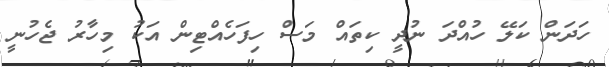
ހަދަން ކަލޭ ހުއްދަ ނުދީ ކިތައް މަސް ހިފަހެއްޓިން އަކު މިހާރު ޖެހުނީ